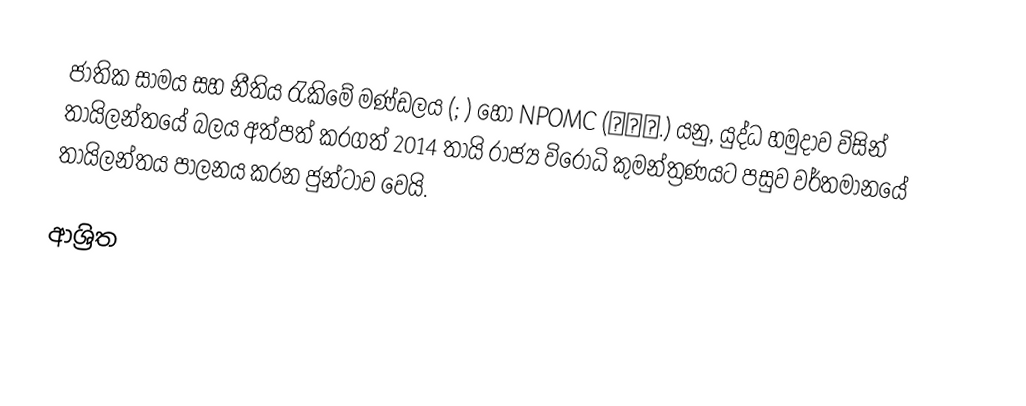
ජාතික සාමය සහ නීතිය රැකිමේ මණ්ඩලය (; ) හෝ NPOMC (คสช.) යනු, යුද්ධ හමුදාව විසින් තායිලන්තයේ බලය අත්පත් කරගත්   2014 තායි රාජ්‍ය විරෝධි කුමන්ත්‍රණයට පසුව වර්තමානයේ තායිලන්තය  පාලනය කරන  ජුන්ටාව වෙයි.

ආශ්‍රිත